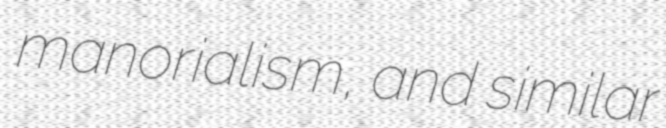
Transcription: manorialism, and similar